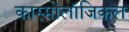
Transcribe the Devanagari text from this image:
कास्मोलॉजिकल